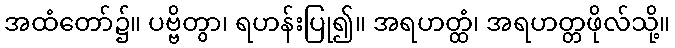
အထံတော်၌။ ပဗ္ဗိတွာ၊ ရဟန်းပြု၍။ အရဟတ္ထံ၊ အရဟတ္တဖိုလ်သို့။